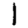
Digit: 1